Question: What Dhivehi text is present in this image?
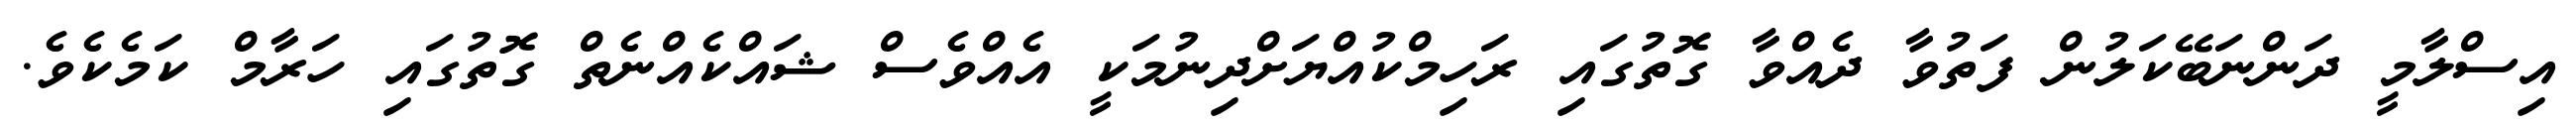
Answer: އިސްލާމީ ދަންނަބޭކަލުން ފަތުވާ ދެއްވާ ގޮތުގައި ރަހިމްކުއްޔަށްދިނުމަކީ އެއްވެސް ޝައްކެއްނެތް ގޮތުގައި ހަރާމް ކަމެކެވެ.